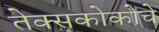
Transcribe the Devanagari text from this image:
तेक्सकोकोचे